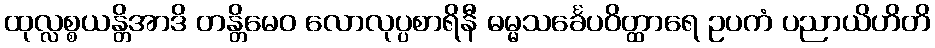
ထုလ္လစ္စယန္တိအာဒိ တန္တိမေဝ လောလုပ္ပစာရိနီ ဓမ္မသင်္ခေပဝိတ္ထာရေ ဥပကံ ပညာယိဟိတိ